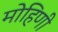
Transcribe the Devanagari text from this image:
मोहिणी